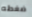
ضغطه